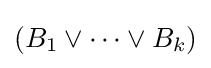
(B_{1}\lor \cdots \lor B_{k})